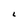
Character: L